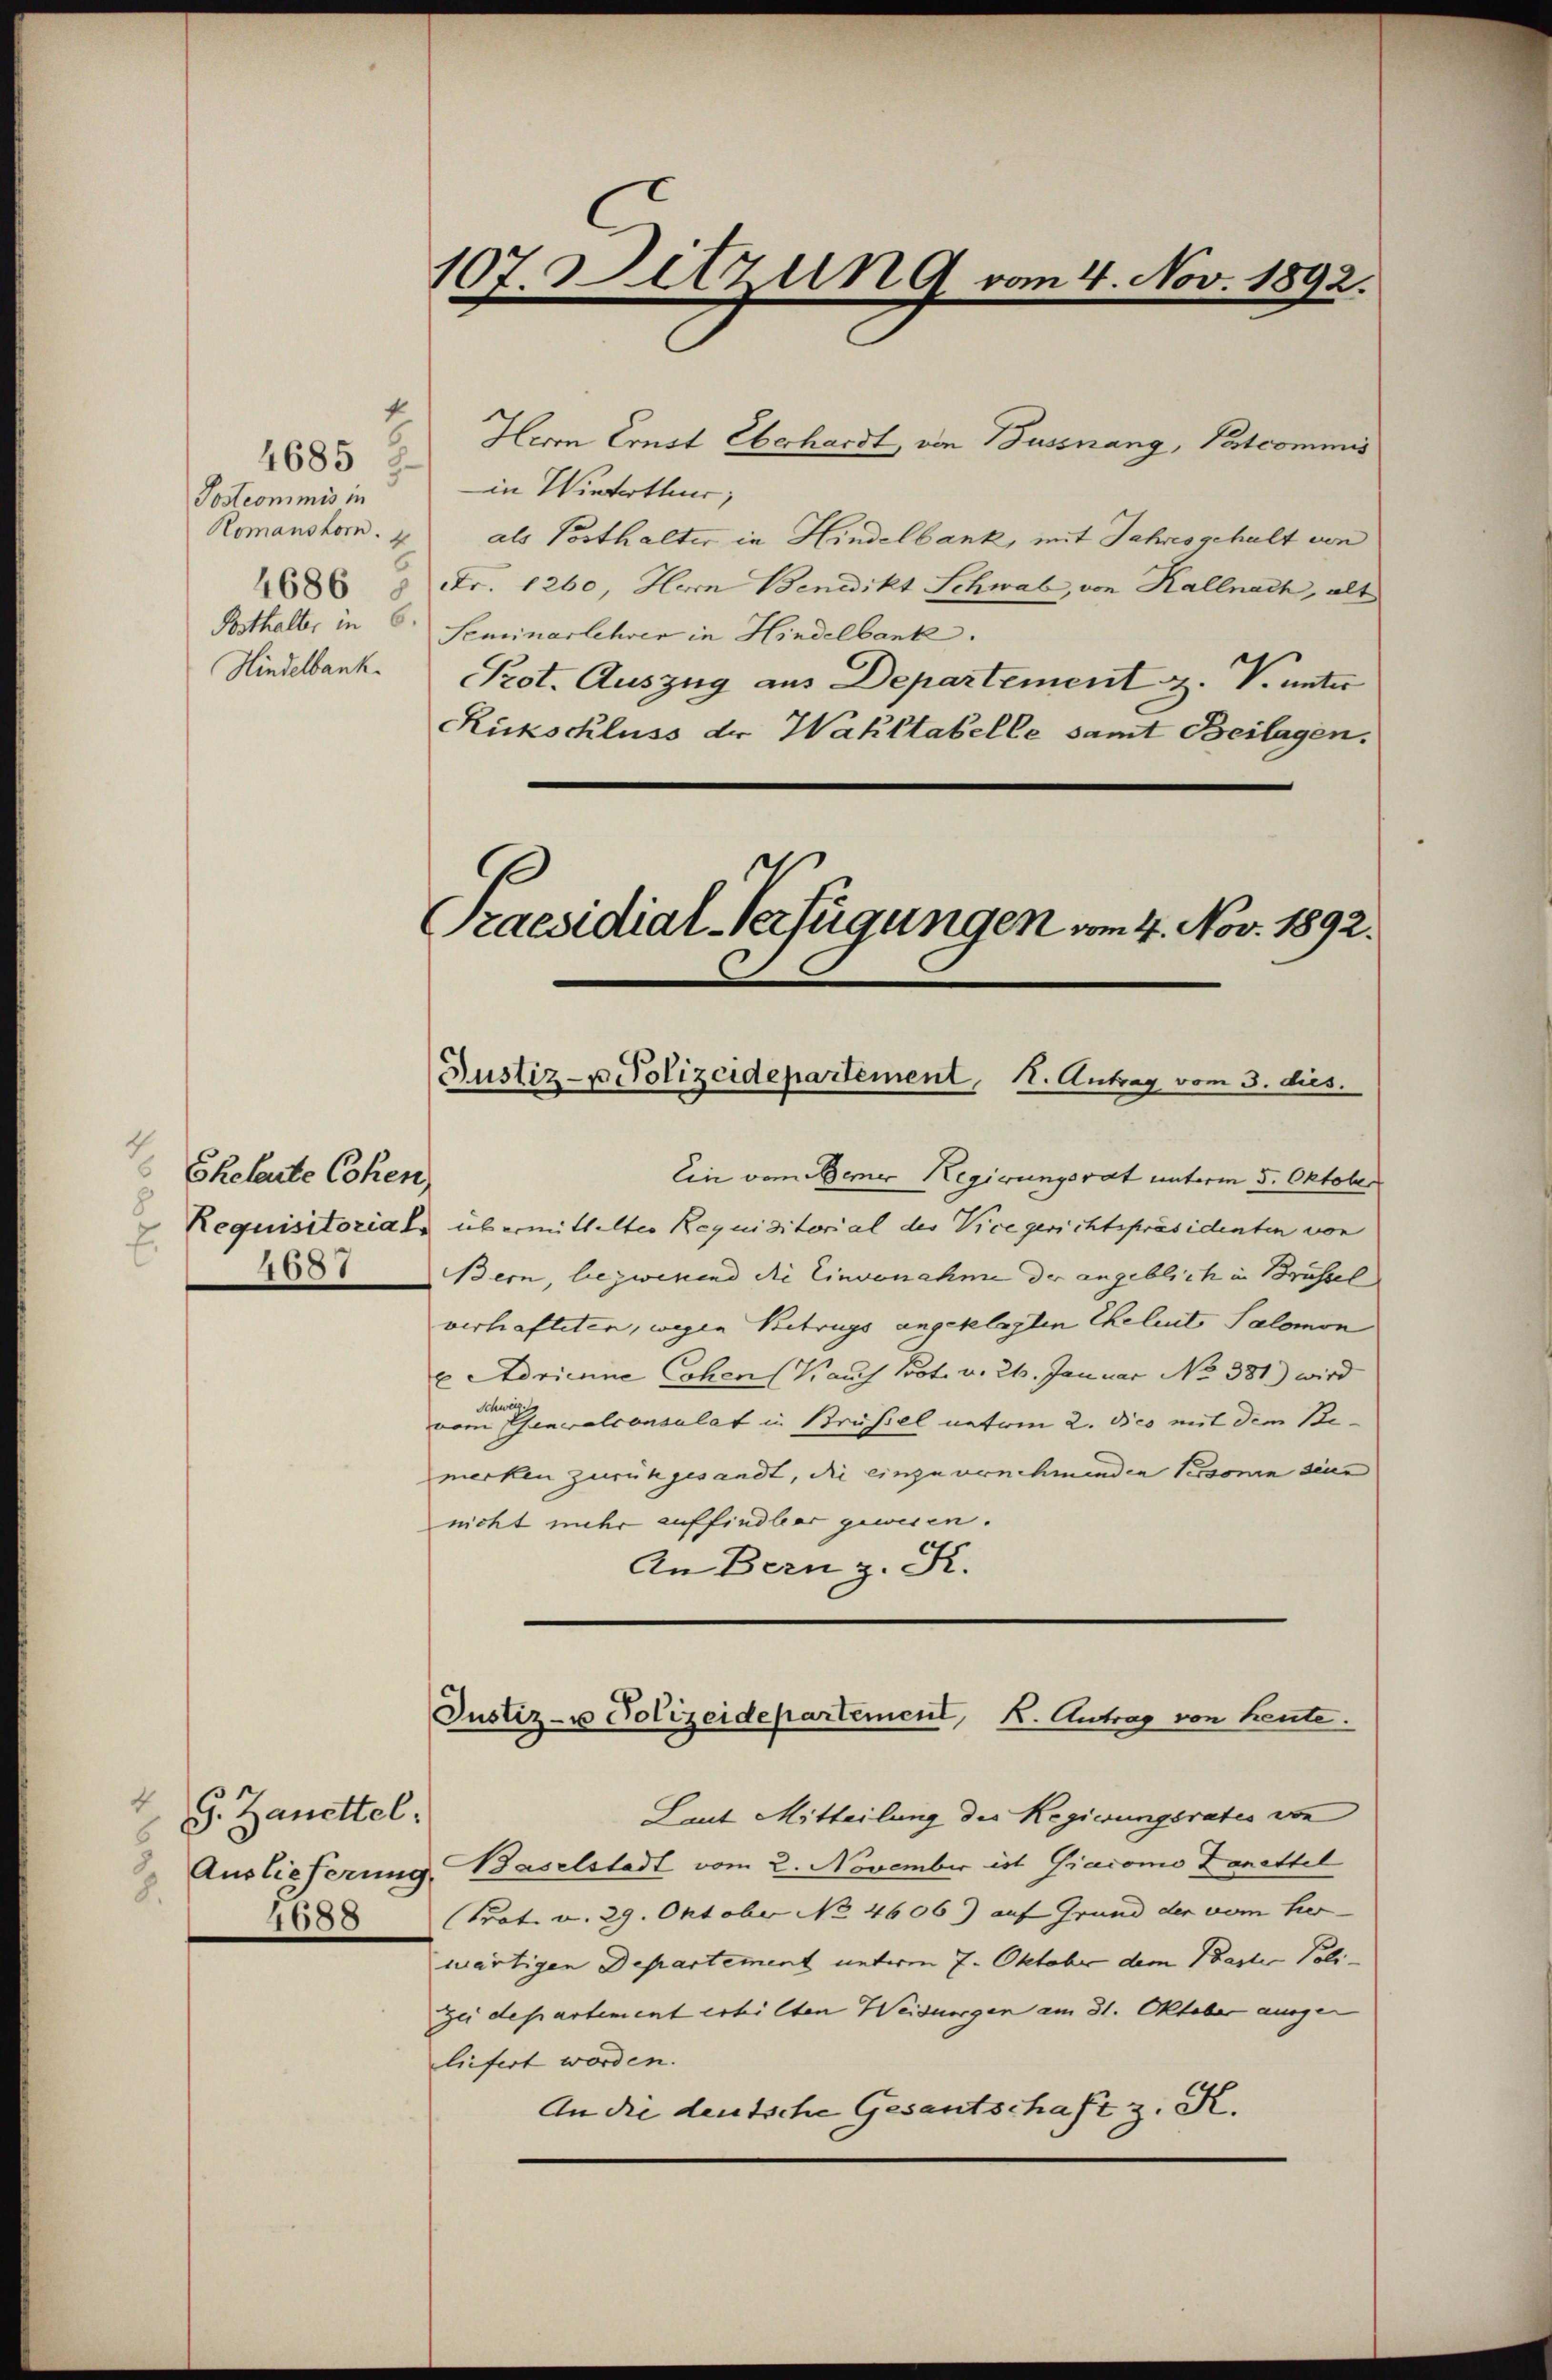
Herrn Ernst Oberhardt, von Bussnang, Postcommis
in Winterthur;
als Posthalter in Hindelbank, mit Jahresgehalt von
Fr. 1260, Herrn Benedikt Schwab, von Kallnach, alt
Posthalter in 6. Seminarlehrer in Hindelbank.
Hindelbank. Prot. Auszug aus Departement z. V. unter
Ruckschluss der Wahltabelle samt Beilagen.
Praesidial-Verfügungen vom 4. Nov. 1892.

4685
Postcommis in
Romanshorn.
4686

107 Ditzung vom 4. Nov. 1892.

Eheleute Cohen,
5
.
4687

4
9. Zanettel.
Auslieferung
8.
4688

Justiz- u Polizeidepartement, 1. Antrag vom 3. dies.

Ein vom Bemer Regierungsrat unterm 5. Oktober
Requisitorials übermittelter Requisitorial des Vice gerichtspräsidenten von
Bern, bezwesend die Einvenahme der angeblich in Brüssel
verhafteten, wegen Betrugs angeklagten Eheleut Salomon
u Adrianne Cohen (Kauf Prot. v. 26. Januar No 381) wird
vom Generalconsulat in Brüssel netten 2. dico mit dem Be-
merken zurückgesandt, die einzuvernehmenden Personen sein
nicht mehr auffindler gewesen.
An Bern z. K.
Justiz- u Polizeidepartement, K. Antrag von heute.
Laut Mitteilung des Regierungsrates von
u. Baselstadt vom 2. November ist Giacomo Zanettel
Prot. v. 29. Oktober No. 4606) auf Grund der vom her
wärtigen Departement unteren 7. Oktober dem Paster Poli-
gei departement erhilten Weidungen am 31. Oktober ausgen
liefert worden.
An die deutsche Gesantschaft z. K.